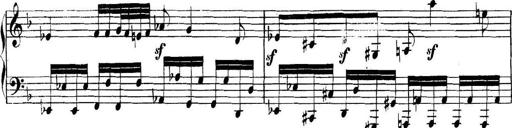
Title: Collected Piano Sonatas
Composer: Muzio Clementi